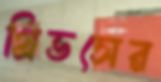
গ্রিভসের